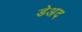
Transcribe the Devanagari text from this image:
डेअद